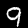
Label: 9